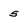
Character: 5